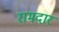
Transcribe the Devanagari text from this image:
रामदार